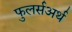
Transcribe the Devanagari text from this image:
फुलर्सअर्थ